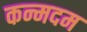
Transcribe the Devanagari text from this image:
कन्मदम